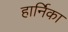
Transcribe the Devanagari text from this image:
हार्निका